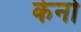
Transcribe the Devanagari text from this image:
केर्नो